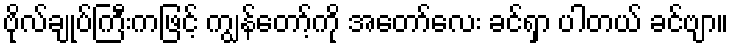
ဗိုလ်ချုပ်ကြီးကဖြင့် ကျွန်တော့်ကို အတော်လေး ခင်ရှာ ပါတယ် ခင်ဗျာ။